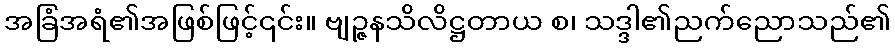
အခြံအရံ၏အဖြစ်ဖြင့်၎င်း။ ဗျဉ္ဇနသိလိဋ္ဌတာယ စ၊ သဒ္ဒါ၏ညက်ညောသည်၏